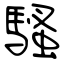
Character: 騷